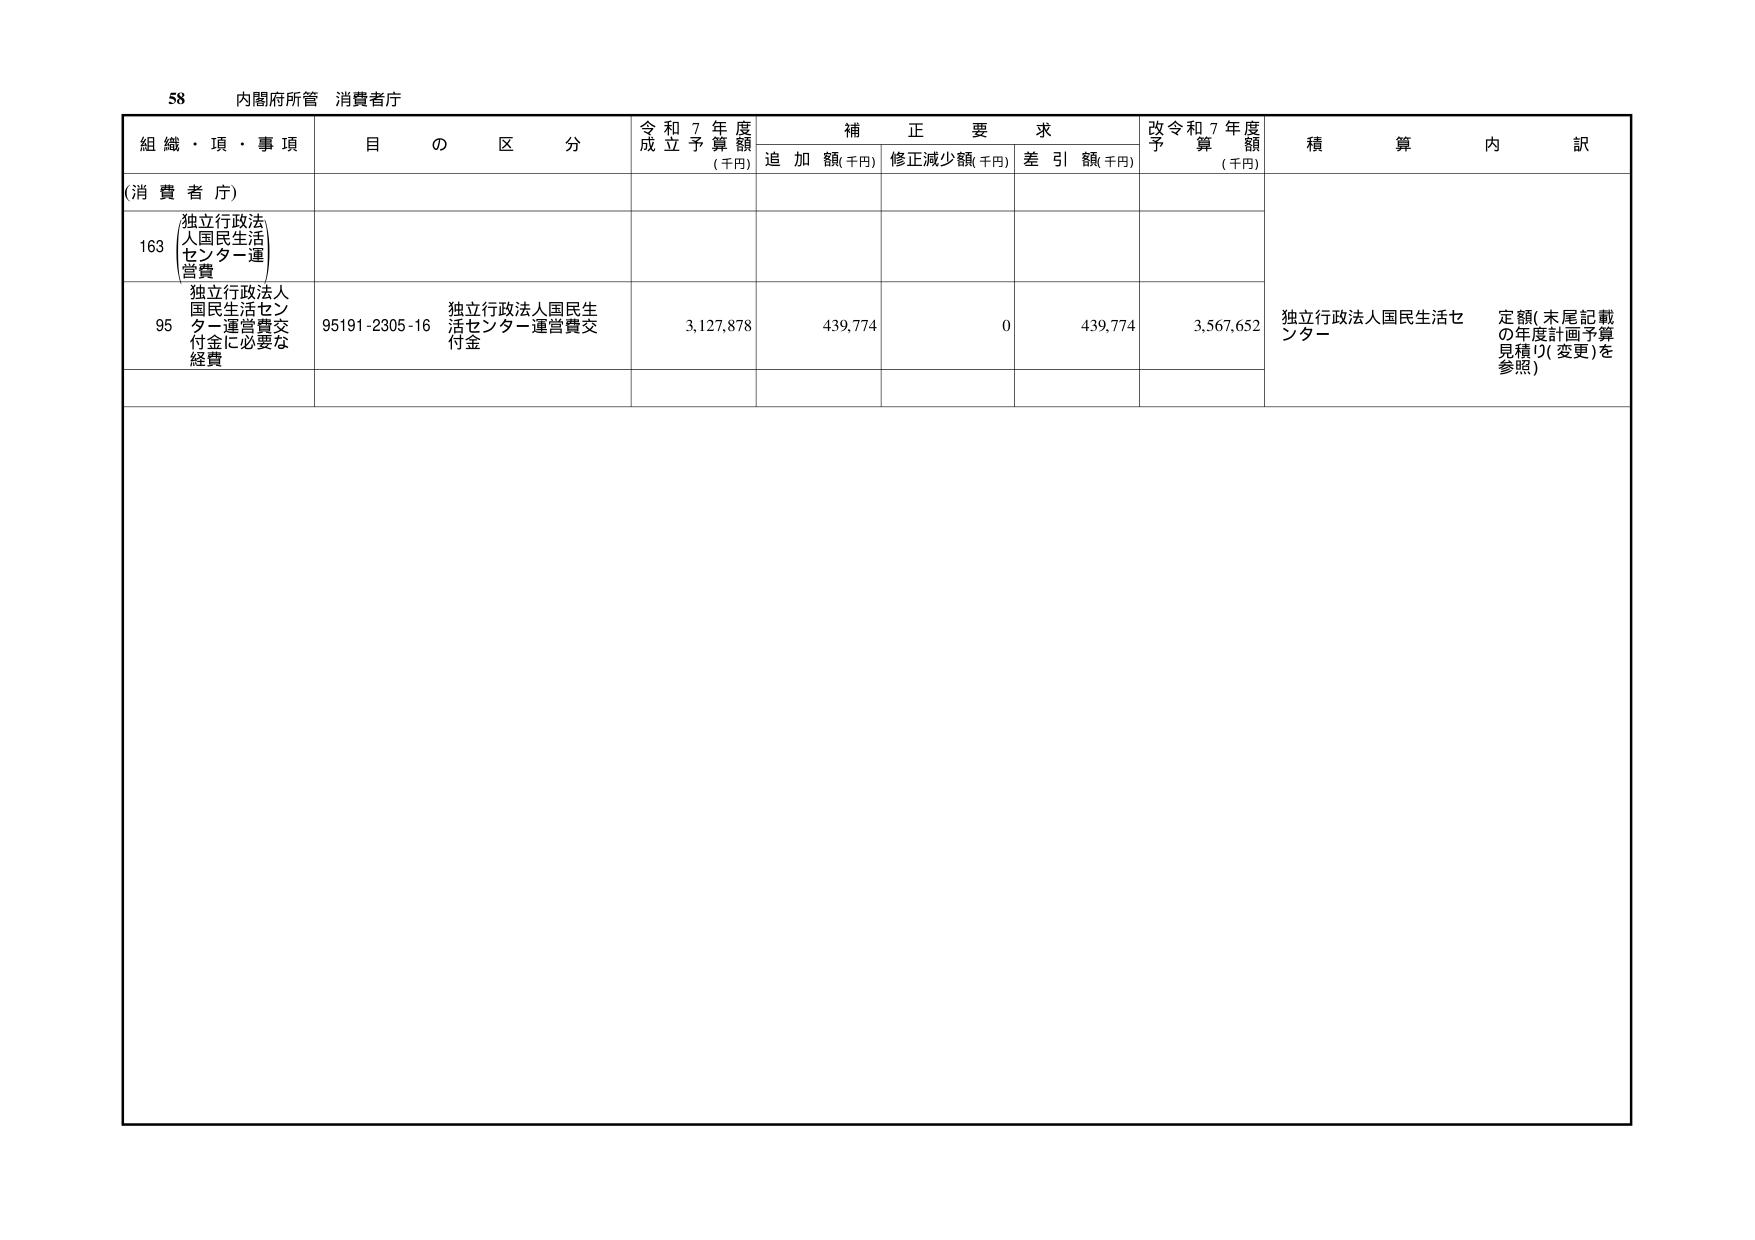
58 内閣府所管 消費者庁

組織・項・事項 目の区分 令和7年度成立予算額 (千円) 補正要求 追加額(千円) 修正減少額(千円) 差引額(千円) 改令和7年度予算額 (千円) 積算内訳

(消費者庁)

163 独立行政法人国民生活センター運営費

95 独立行政法人国民生活センター運営費交付金に必要な経費 95191-2305-16 独立行政法人国民生活センター運営費交付金 3,127,878 439,774 0 439,774 3,567,652 独立行政法人国民生活センター 定額(末尾記載の年度計画予算見積り(変更)を参照)